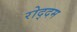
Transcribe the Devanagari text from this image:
रोद्दम